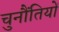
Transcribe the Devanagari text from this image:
चुनौंतियों